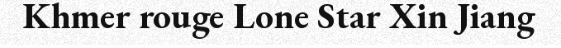
Khmer rouge Lone Star Xin Jiang